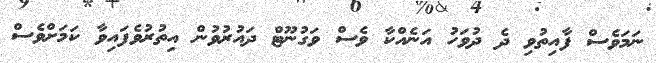
ނަމަވެސް ފާއިތުވި ދެ ދުވަހު އަނެއްކާ ވެސް ވަގުނޫޓް ދައުރުވުން އިތުރުވެފައިވާ ކަމަށްވެސް